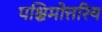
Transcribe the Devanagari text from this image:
पश्चिमोत्तरिय